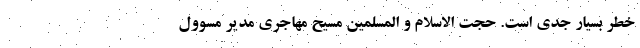
خطر بسیار جدی است. حجت الاسلام و المسلمین مسیح مهاجری مدیر مسوول